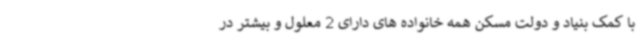
با کمک بنیاد و دولت مسکن همه خانواده های دارای 2 معلول و بیشتر در